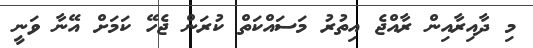
މި ދާއިރާއިން ރާއްޖެ އިތުރު މަސައްކަތް ކުރަން ޖެހޭ ކަމަށް އޭނާ ވަނީ